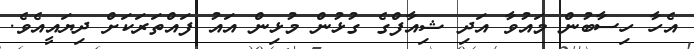
އެހާ ހިސާބުން މައުވާ އަދި ޝިއާފްގެ ގުޅުން މުޅިން އައު ފައްތަރަކަށް ދިޔައީއެވެ.